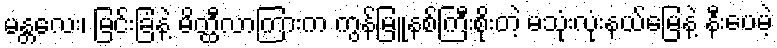
မန္တလေး၊ မြင်းခြံနဲ့ မိတ္ထီလာကြားက ကွန်မြူနစ်ကြီးစိုးတဲ့ မသုံးလုံးနယ်မြေနဲ့ နီးပေမဲ့